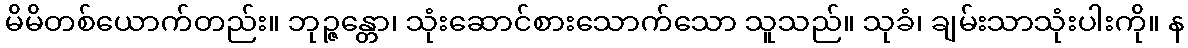
မိမိတစ်ယောက်တည်း။ ဘုဉ္ဇန္တော၊ သုံးဆောင်စားသောက်သော သူသည်။ သုခံ၊ ချမ်းသာသုံးပါးကို။ န